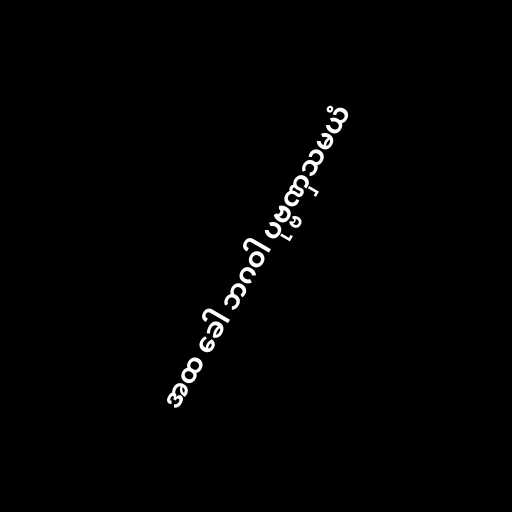
အထ ခေါ ဘဂဝါ ပုဗ္ဗဏှသမယံ